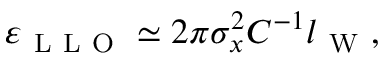
\varepsilon _ { \mathrm { ~ L ~ L ~ O ~ } } \simeq 2 \pi \sigma _ { x } ^ { 2 } C ^ { - 1 } l _ { \mathrm { ~ W ~ } } ,